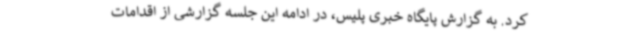
کرد. به گزارش پایگاه خبری پلیس، در ادامه این جلسه گزارشی از اقدامات